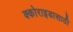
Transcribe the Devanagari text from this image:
क्कोराइडासाठी